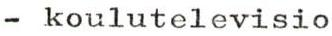
- koulutelevisio